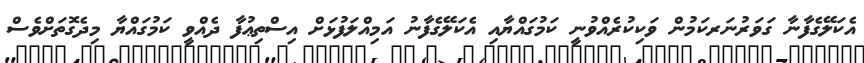
އެކަލޭގެފާނާ ގަވަރުނަރކަމުން ވަކިކުރެއްވުނީ ކަމުގައްޔާއި އެކަލޭގެފާނު އަމިއްލަފުޅަށް އިސްތިޢުފާ ދެއްވީ ކަމުގައްޔާ މިދެގޮތަށްވެސް